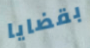
بقضايا